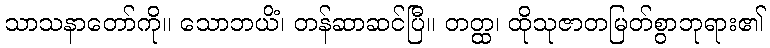
သာသနာတော်ကို။ သောဘယိံ၊ တန်ဆာဆင်ပြီ။ တတ္ထ၊ ထိုသုဇာတမြတ်စွာဘုရား၏